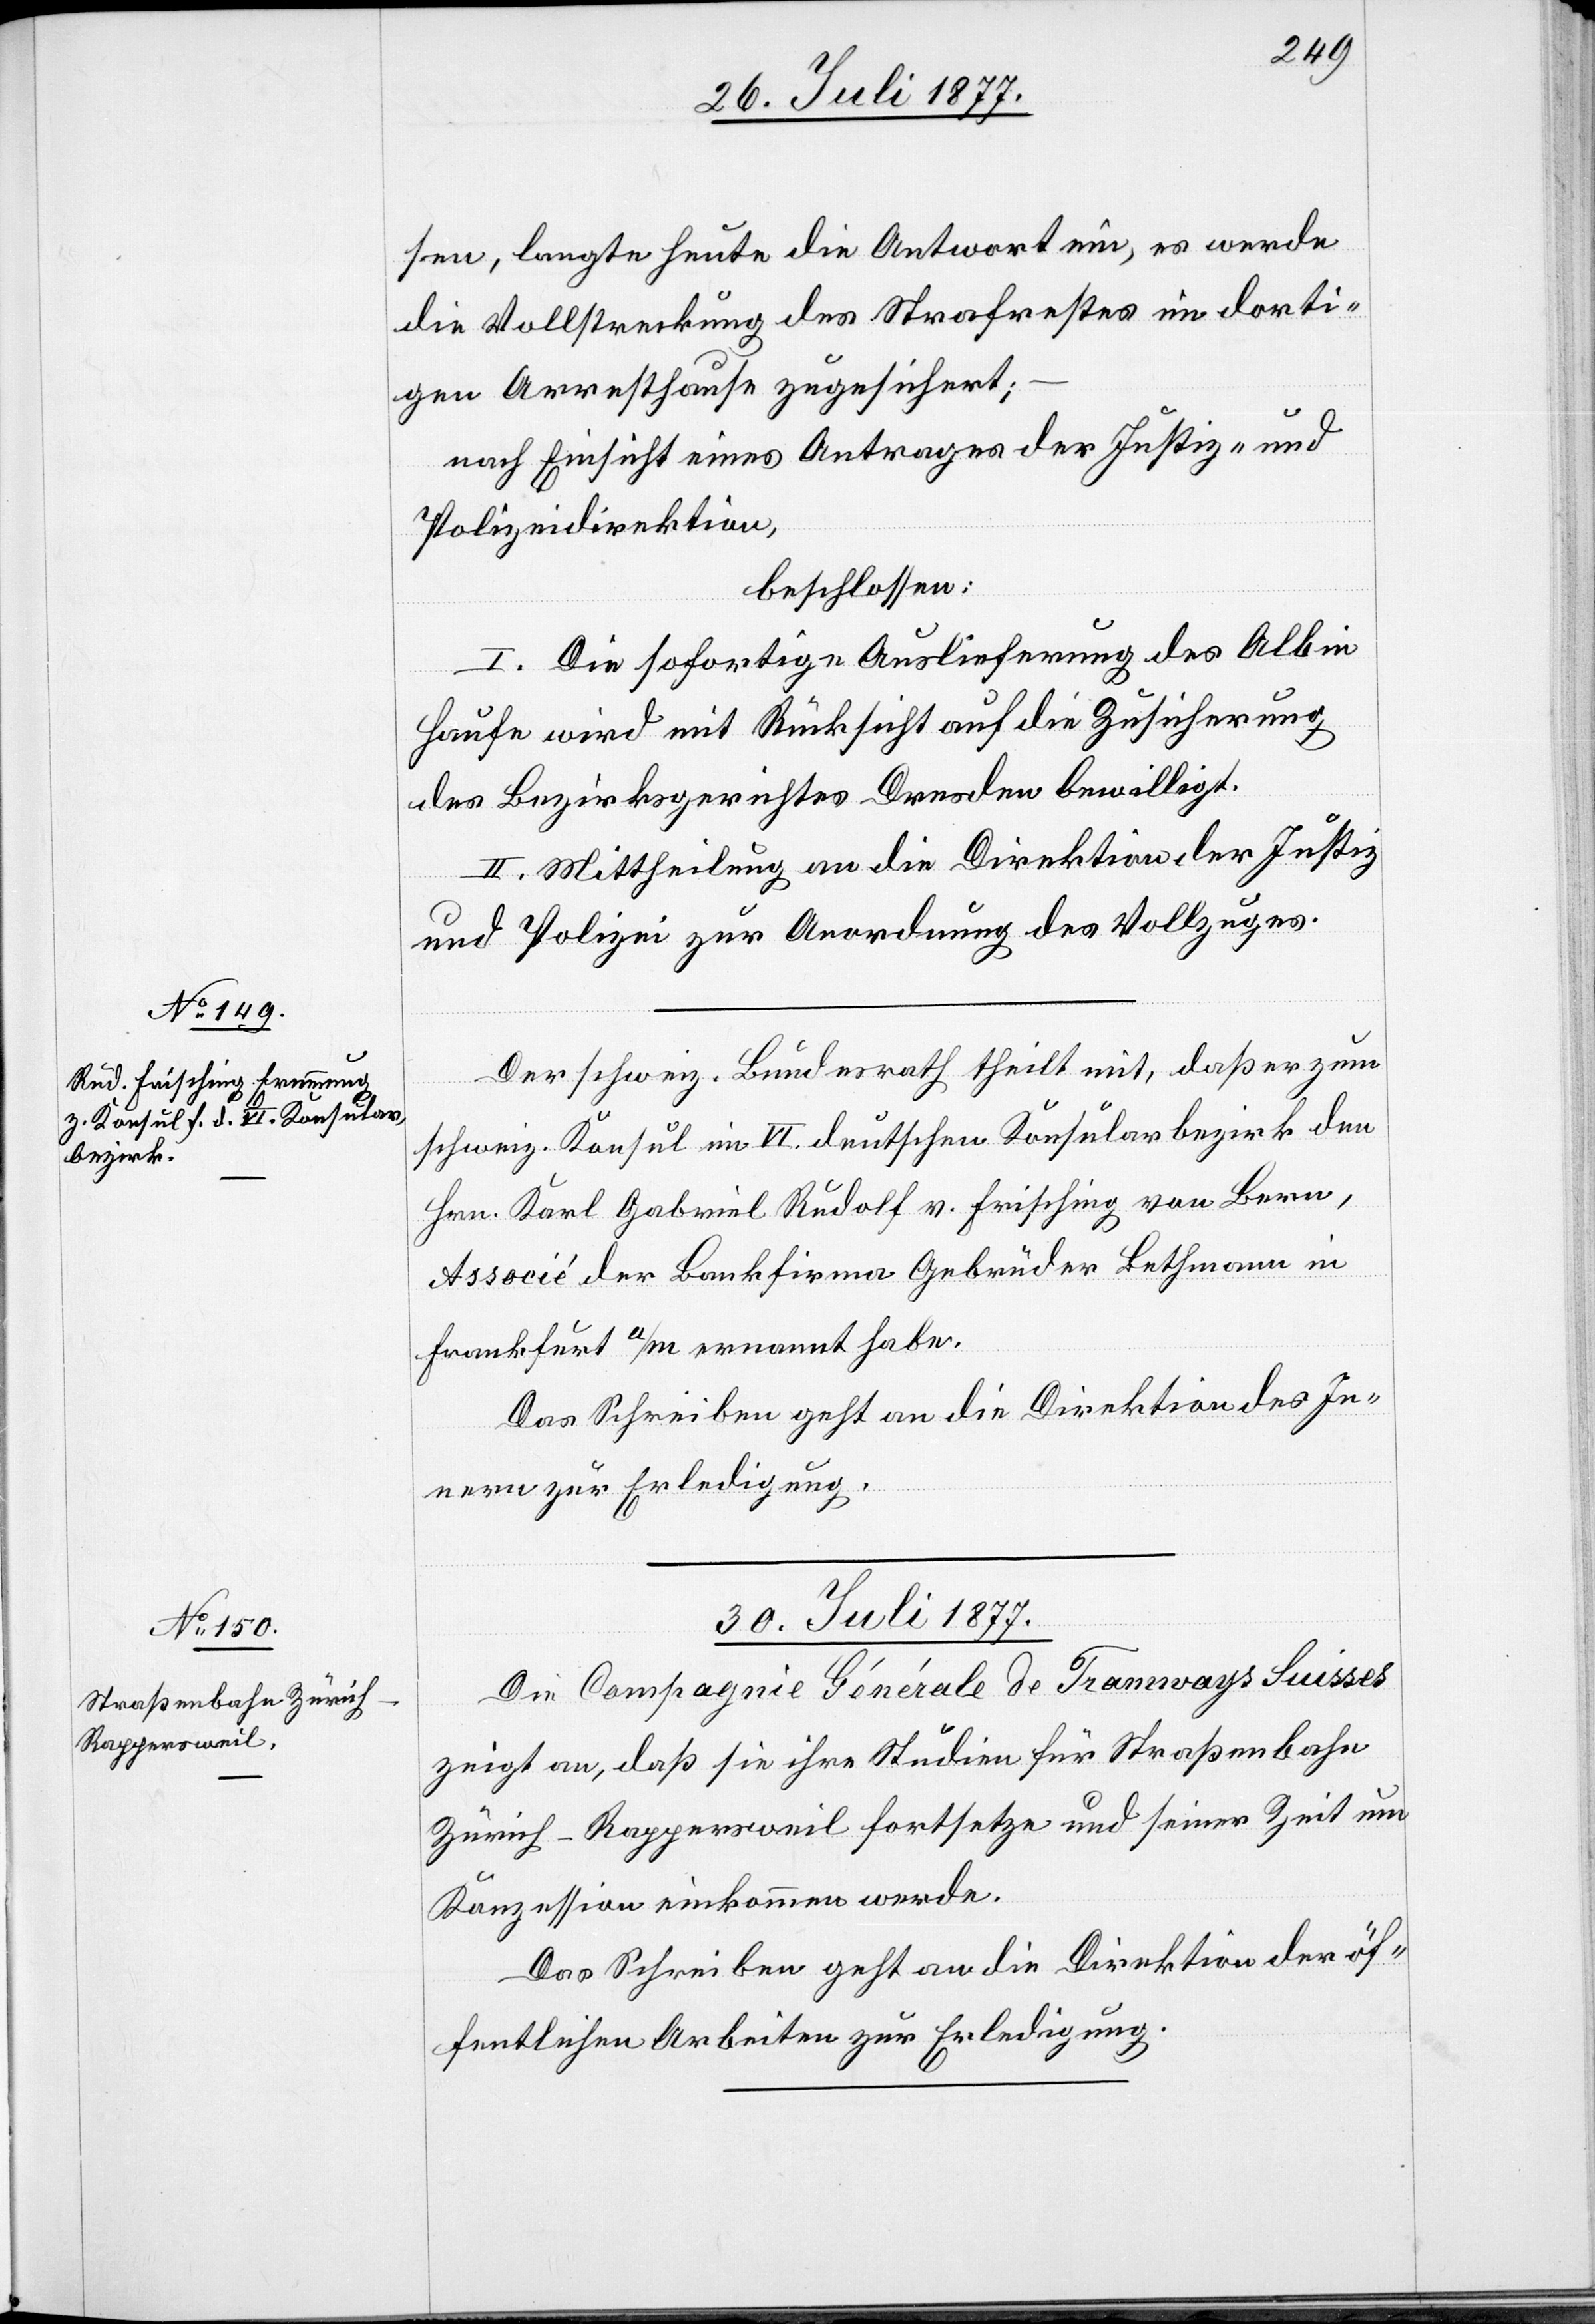
sen, langte heute die Antwort ein, es werde
die Vollstreckung des Strafrestes im dorti¬
gen Arresthause zugesichert;
nach Einsicht eines Antrages der Justiz- und
Polizeidirektion,
beschlossen:
I. Die sofortige Auslieferung des Albin
Haufe wird mit Rücksicht auf die Zusicherung
des Bezirksgerichtes Dresden bewilligt.
II. Mittheilung an die Direktion der Justiz
und Polizei zur Anordnung des Vollzuges.
Der schweiz. Bundesrath theilt mit, daß er zum
schweiz. Konsul im VI. deutschen Konsularbezirk den
Hrn. Karl Gabriel Rudolf v. Frisching von Bern,
Associé der Bankfirma Gebrüder Bethmann in
Frankfurt a/M ernannt habe.
Das Schreiben geht an die Direktion des In¬
nern zur Erledigung.
30. Juli 1877.
Die Compagnie Générale de Tramways Suisses
zeigt an, daß sie ihre Studien für Straßenbahn
Zürich–Rappersweil fortsetze und seiner Zeit um
Konzession einkommen werde.
Das Schreiben geht an die Direktion der öf¬
fentlichen Arbeiten zur Erledigung.